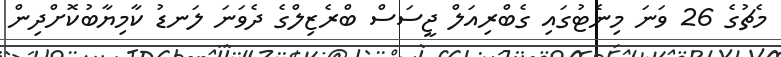
މެޗުގެ 26 ވަނަ މިނެޓުގައި ގެބްރިއަލް ޖީސަސް ބްރެޒިލްގެ ދެވަނަ ލަނޑު ކާމިޔާބުކޮށްދިން